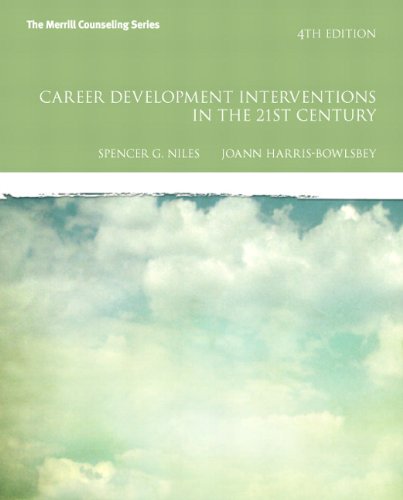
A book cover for Career Development Interventions in the 21st Century, Student Value Edition (4th Edition) (The Merrill Counseling Series); Spencer G. Niles; Business & Money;